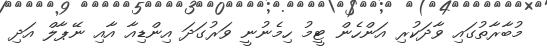
މުބާރާތުގައި ވާދަކުރި އަންހެން ޓީމު ހިމެނުނީ ވަރުގަދަ އިންޑިއާ އާއި ނޭޕާލް އަދި